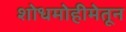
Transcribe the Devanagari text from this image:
शोधमोहीमेतून